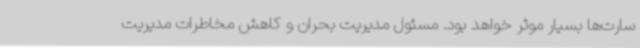
سارت‌ها بسیار موثر خواهد بود. مسئول مدیریت بحران و کاهش مخاطرات مدیریت